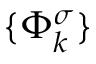
\{ \Phi _ { k } ^ { \sigma } \}